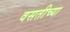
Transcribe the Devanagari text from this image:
वसतीच्या